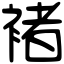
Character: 褚